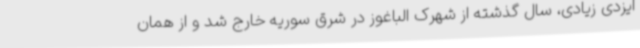
ایزدی زیادی، سال گذشته از شهرک الباغوز در شرق سوریه خارج شد و از همان